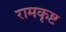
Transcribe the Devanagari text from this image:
रामकृष्ट